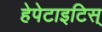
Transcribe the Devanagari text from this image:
हेपेटाइटिस्